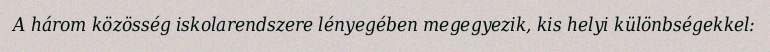
A három közösség iskolarendszere lényegében megegyezik, kis helyi különbségekkel: